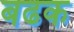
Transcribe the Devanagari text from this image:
बढक